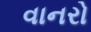
વાનરો